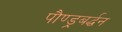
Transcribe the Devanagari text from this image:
पौण्ड्रबर्द्धन